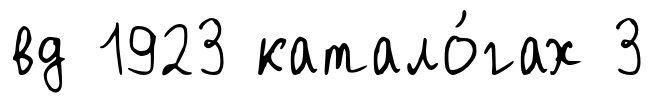
вд 1923 катало́гах 3